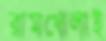
রামধোলাই